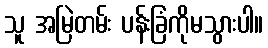
သူ အမြဲတမ်း ပန်းခြံကိုမသွားပါ။